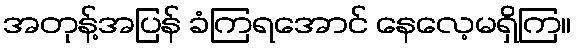
အတုန့်အပြန် ခံကြရအောင် နေလေ့မရှိကြ။